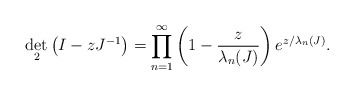
\begin{align*} \det_{2}\left(I-zJ^{-1}\right) =\prod_{n=1}^{\infty}\left(1-\frac{z}{\lambda_{n}(J)}\right) e^{z/\lambda_{n}(J)}. \end{align*}